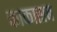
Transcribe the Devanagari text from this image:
काकासब